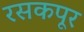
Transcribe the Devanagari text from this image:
रसकपूर